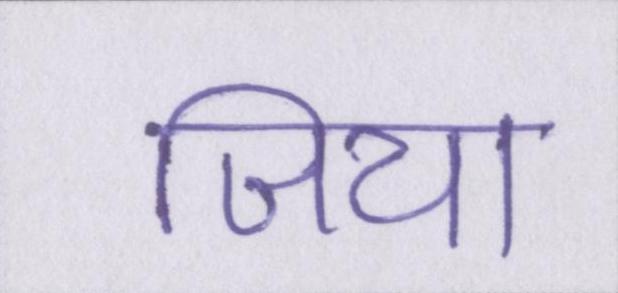
जिया